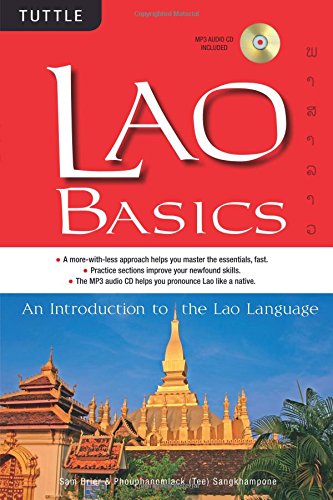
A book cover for Lao Basics: An Introduction to the Lao Language (Audio CD Included) (Tuttle Basics); Sam Brier; Travel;